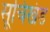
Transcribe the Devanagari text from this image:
सूचिखंड